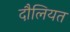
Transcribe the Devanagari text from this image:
दौलियत